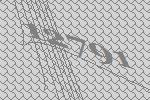
12791